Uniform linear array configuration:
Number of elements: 64
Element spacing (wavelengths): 0.75
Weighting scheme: blackman
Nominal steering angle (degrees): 30
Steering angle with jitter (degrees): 30.335
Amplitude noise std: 0.05
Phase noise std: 0.05

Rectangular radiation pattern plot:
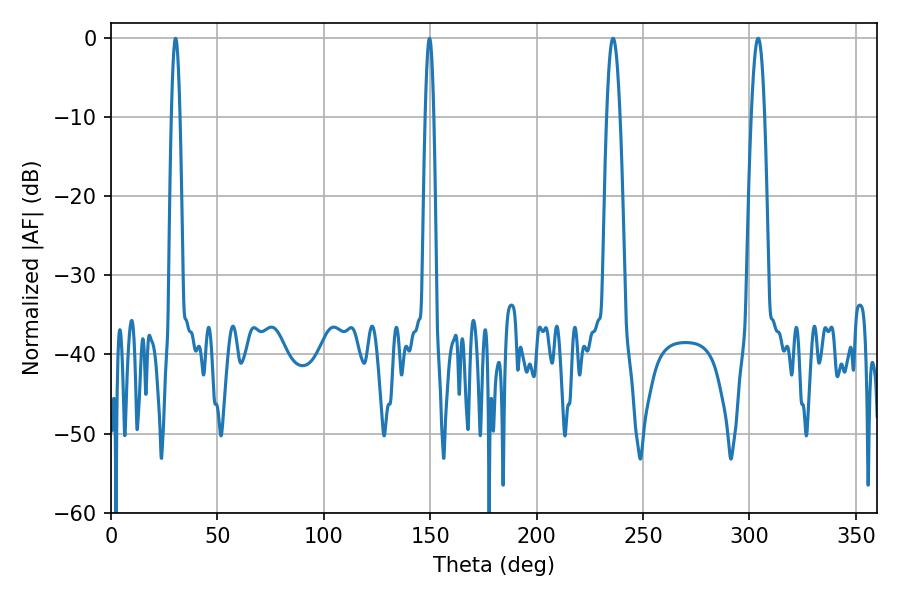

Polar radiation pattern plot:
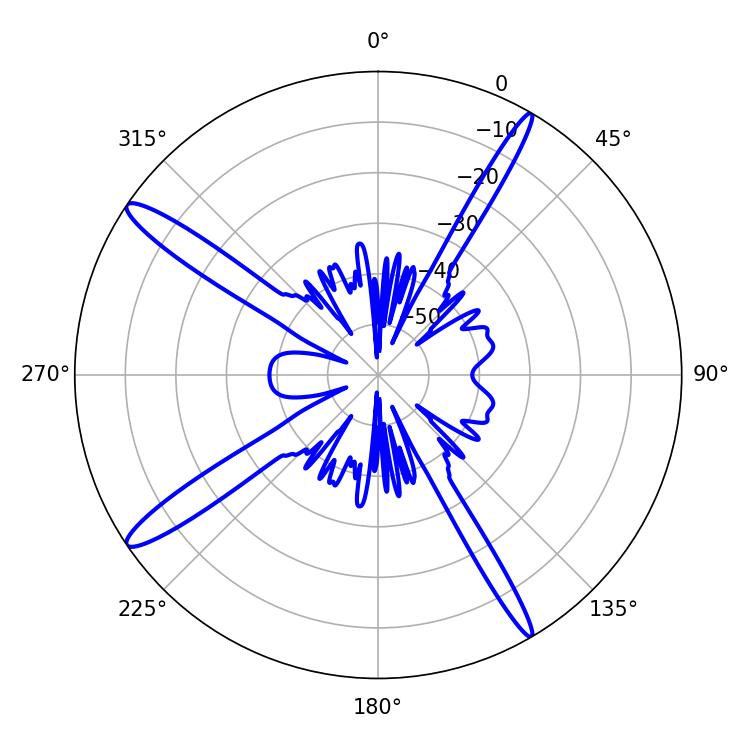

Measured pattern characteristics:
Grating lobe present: TRUE
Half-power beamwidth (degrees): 3.42
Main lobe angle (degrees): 304.02